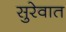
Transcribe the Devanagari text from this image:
सुरेवात